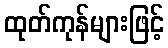
ထုတ်ကုန်များဖြင့်